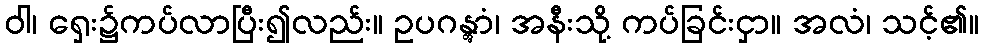
ဝါ၊ ရှေး၌ကပ်လာပြီး၍လည်း။ ဥပဂန္တွာံ၊ အနီးသို့ ကပ်ခြင်းငှာ။ အလံ၊ သင့်၏။